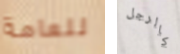
للعامة كالرجل